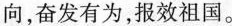
向，奋发有为，报效祖国。